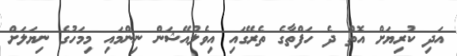
އަދި ކުރިޔަށް އޮތް ދެ ހަފްތާގެ ތެރޭގައި އިވެލުއޭޝަން ނިންމައި މިމަހުގެ ނިޔަލަށް